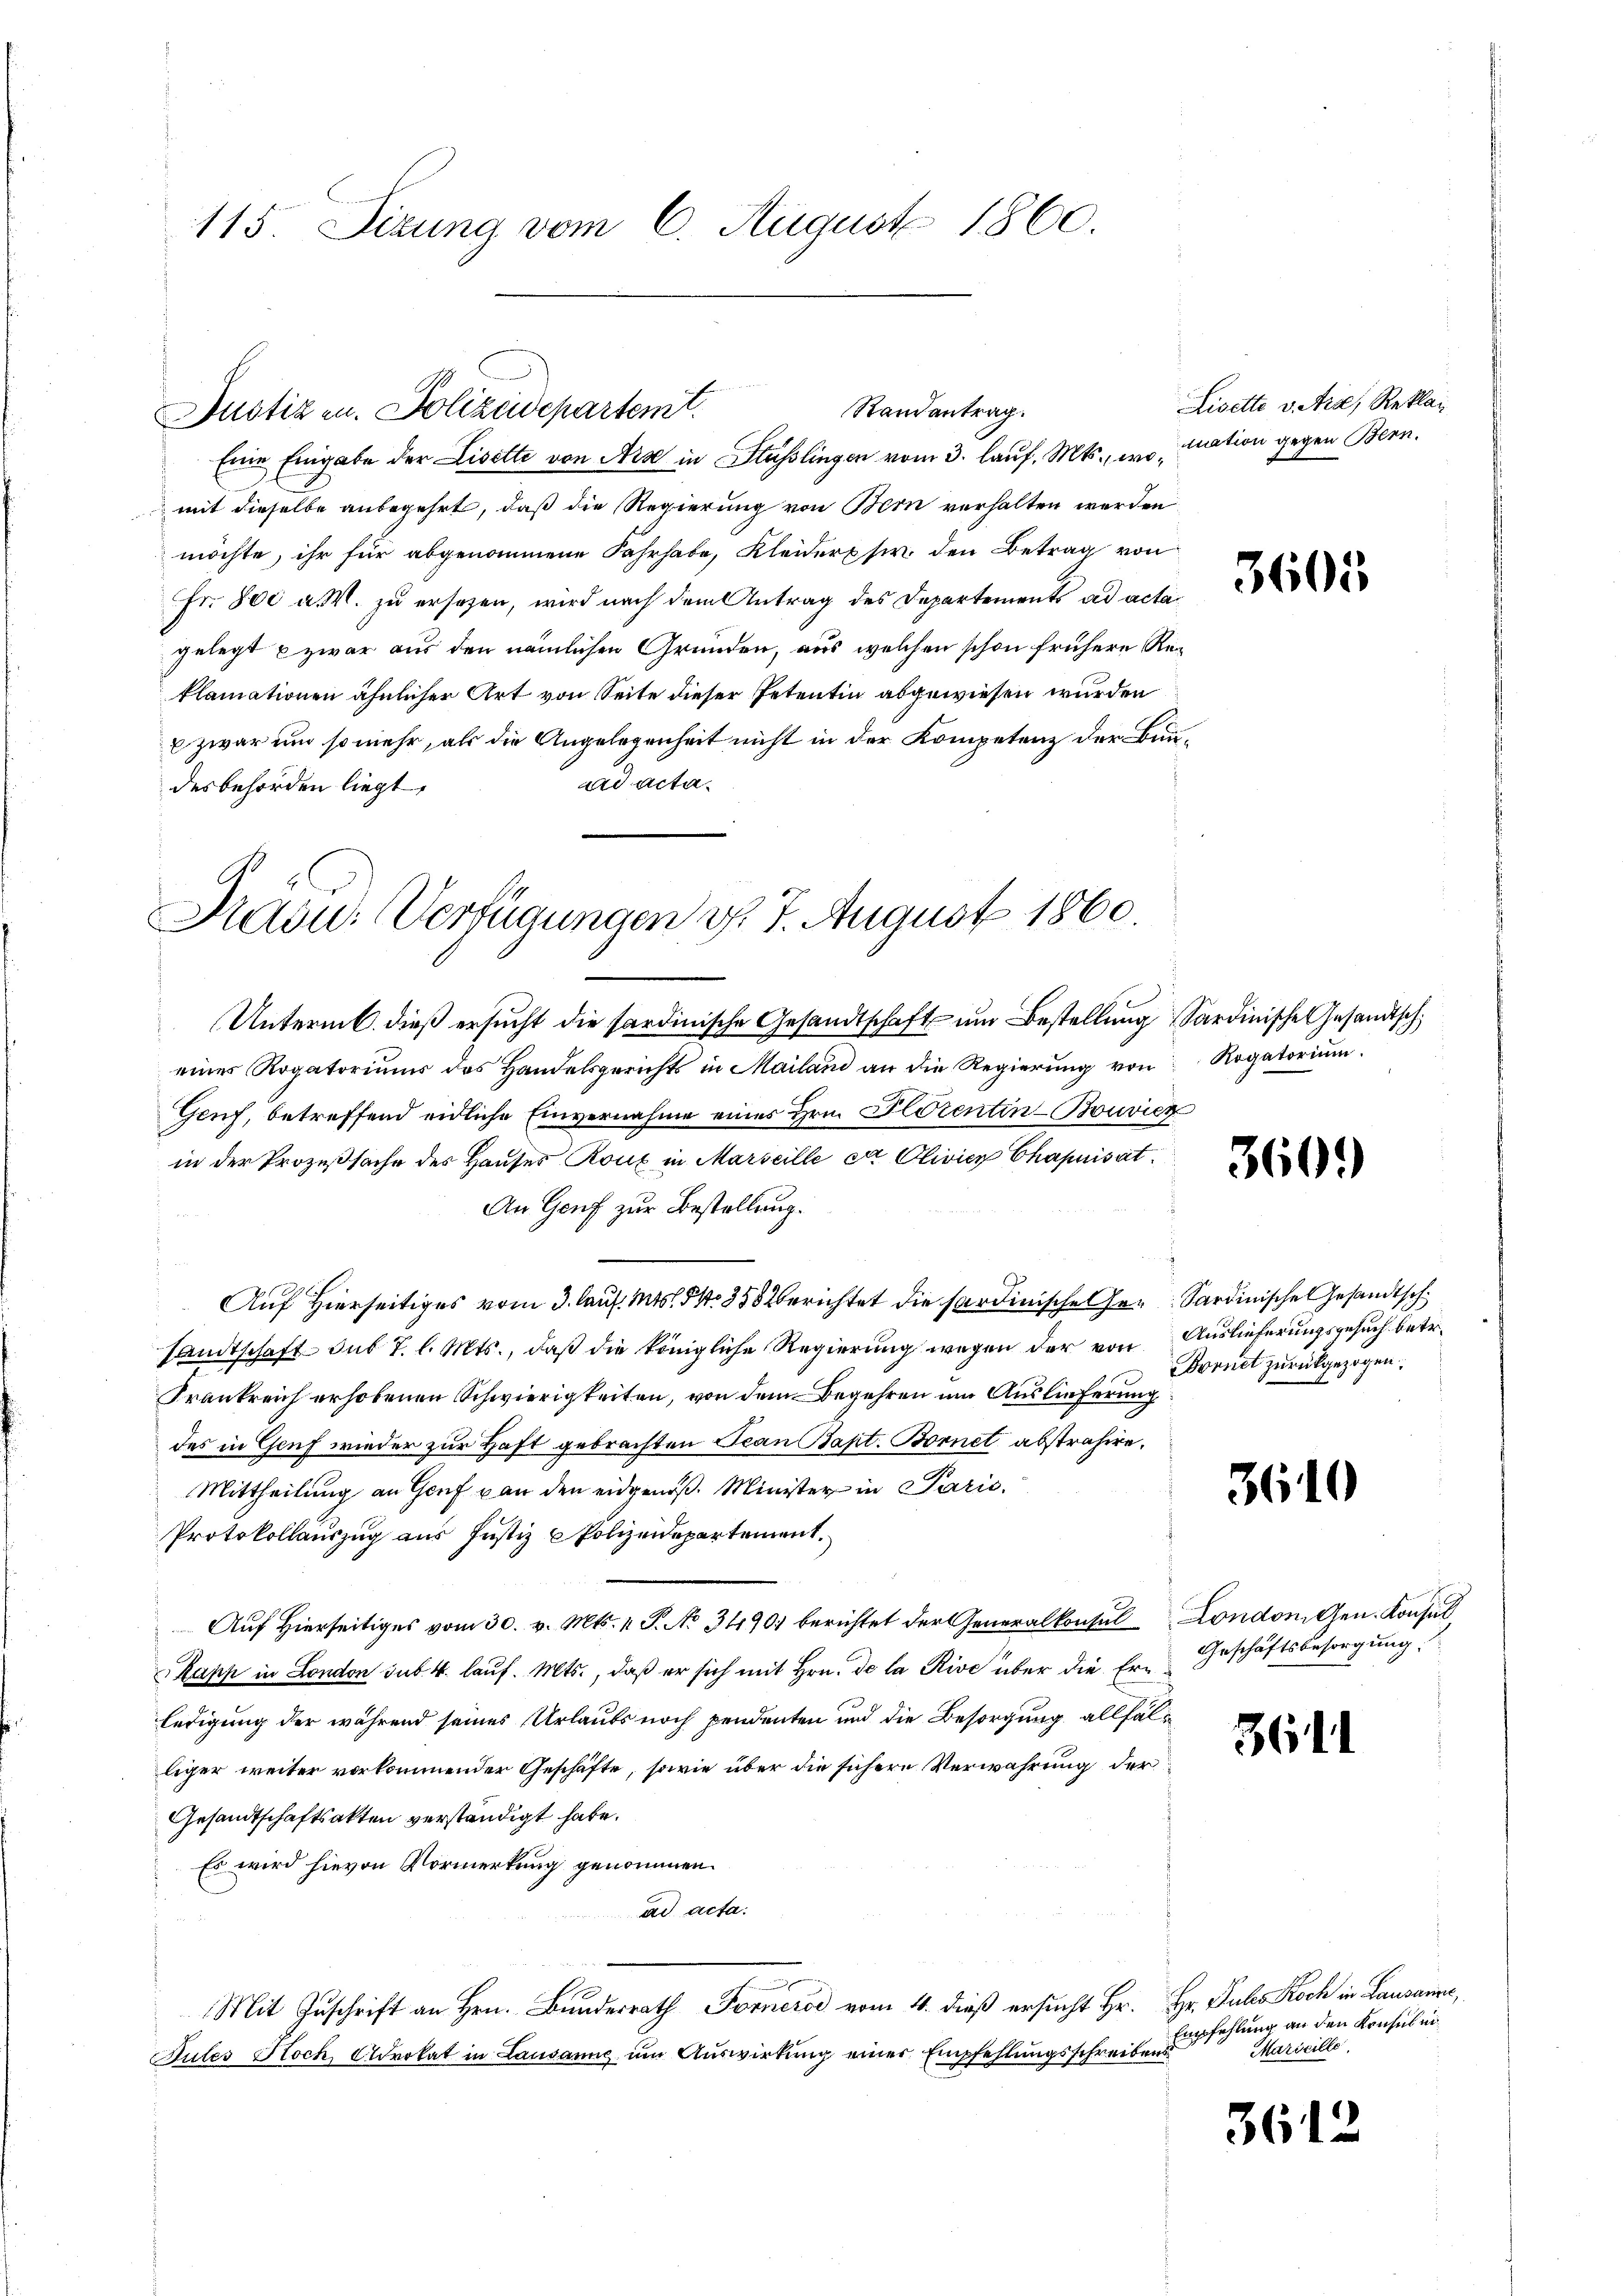
115. Dizung vom 6. August 1860.

mit dieselbe anbegehrt, daß die Regierung von Bern verhalten werden
möchte, ihr für abgenommene Fahrhabe, Kleiders sie den Betrag von
Fr. 800 a.M. zu ersezen, wird nach dem Antrag des Departements ad actagelegt u zwar aus den nämlichen Gründen, aus welchen schon frühere Reklamationen ähnlicher Art von Seite dieser Petentin abgewiesen wurden
 zwar um so mehr, als die Angelegenheit nicht in der Kompetenz der Bunad acta
desbehörden liegt,

Randantrag.
Justizen. Polizeidepartemt.
Eine Eingabe der Lisette von Arse in Stüsslingen vom 3. lauf. Mts., wo tration gegen Bern.

Präsid.: Verfügungen d. 7. August 1860.

Unterm 6. dieß ersucht die sardinische Gesandtschaft um Bestellung Sardinische Gesandtsch
eines Rogatoriums des Handelsgerichts in Mailand an die Regierŭng von Rogatoriŭm
Geuf, betreffend eidliche Einvernahme eines Hrn. Florentin-Bouvier
in der Prozeßsache des Hauses Roux in Marseille et Olivier Chapnisat
An Genf zur Bestellung.
Auf Hierseitiges vom 3. lauf 1. 54. 355 berichtet die sardinische Ge¬ Sardinische Gesandtsch
Landtschaft sub 7 l. Mts., daß die königliche Regierung wegen der von Auslieferungsgesuch betr.
Frankreich erhobenen Schwierigkeiten, von dem Begehren um Auslieferung
des in Genf wieder zur Haft gebrachten Jean Bapt. Bornet abstrahire,
Mittheilung an Genf von den eidgenoß. Minister in Paris
Protokollauszug aus Justiz Polizeidepartement.
Auf Hierseitiges vom 30. v. Mts. v. P. No 3490) berichtet der Generalkonsul London Gen. Konsul¬
Kapp in London sub. 4. lauf. Mts., daß er sich mit Hrn. de la Rive über die Ernledigung der während seines Urlaubs noch pendenten und die Besorgung allfälliger weiter vorkommender Geschäfte, sowie über die sichere Verwahrung der
Gesandtschaftsakten verständigt habe.
Es wird hievon Vormerkung genommen.
ad acta.
Mit Zuschrift an Hrn. Bundesrath Forneros vom 4. dieß ersucht Hr. Hr. Puls Koch in Lausanne,
Pules Hoch Advokat in Lausanne um Auswirkung einer Empfehlungsschreibens

Lisette v. Art, Reklag

3605

360.

Bvenet zurückgezogen.

3610

Geschäftsbesorgung

361

Empfehlung an den Konsul ei¬
Marseille,

3612